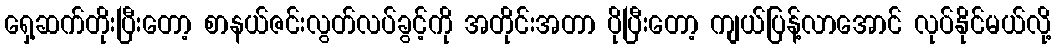
ရှေ့ဆက်တိုးပြီးတော့ စာနယ်ဇင်းလွတ်လပ်ခွင့်ကို အတိုင်းအတာ ပိုပြီးတော့ ကျယ်ပြန့်လာအောင် လုပ်နိုင်မယ်လို့